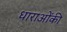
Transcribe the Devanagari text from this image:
धाराओंकी